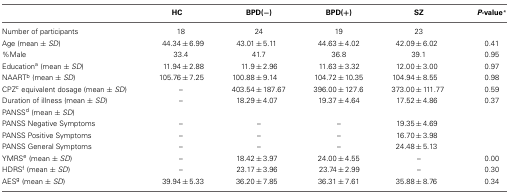
<table><thead><tr><td></td><td><b>HC</b></td><td><b>BPD(−)</b></td><td><b>BPD(+)</b></td><td><b>SZ</b></td><td><b><i>P</i>-value<sup>*</sup></b></td></tr></thead><tbody><tr><td>Number of participants</td><td>18</td><td>24</td><td>19</td><td>23</td><td></td></tr><tr><td>Age (mean ± <i>SD</i>)</td><td>44.34 ± 6.99</td><td>43.01 ± 5.11</td><td>44.63 ± 4.02</td><td>42.09 ± 6.02</td><td>0.41</td></tr><tr><td>%Male</td><td>33.4</td><td>41.7</td><td>36.8</td><td>39.1</td><td>0.95</td></tr><tr><td>Education<sup>a</sup> (mean ± <i>SD</i>)</td><td>11.94 ± 2.88</td><td>11.9 ± 2.96</td><td>11.63 ± 3.32</td><td>12.00 ± 3.00</td><td>0.97</td></tr><tr><td>NAART<sup>b</sup> (mean ± <i>SD</i>)</td><td>105.76 ± 7.25</td><td>100.88 ± 9.14</td><td>104.72 ± 10.35</td><td>104.94 ± 8.55</td><td>0.98</td></tr><tr><td>CPZ<sup>c</sup> equivalent dosage (mean ± <i>SD</i>)</td><td>–</td><td>403.54 ± 187.67</td><td>396.00 ± 127.6</td><td>373.00 ± 111.77</td><td>0.59</td></tr><tr><td>Duration of illness (mean ± <i>SD</i>)</td><td>–</td><td>18.29 ± 4.07</td><td>19.37 ± 4.64</td><td>17.52 ± 4.86</td><td>0.37</td></tr><tr><td>PANSS<sup>d</sup> (mean ± <i>SD</i>)</td><td></td><td></td><td></td><td></td><td></td></tr><tr><td>PANSS Negative Symptoms</td><td>–</td><td>–</td><td>–</td><td>19.35 ± 4.69</td><td></td></tr><tr><td>PANSS Positive Symptoms</td><td>–</td><td>–</td><td>–</td><td>16.70 ± 3.98</td><td></td></tr><tr><td>PANSS General Symptoms</td><td>–</td><td>–</td><td>–</td><td>24.48 ± 5.13</td><td></td></tr><tr><td>YMRS<sup>e</sup> (mean ± <i>SD</i>)</td><td>–</td><td>18.42 ± 3.97</td><td>24.00 ± 4.55</td><td>–</td><td>0.00</td></tr><tr><td>HDRS<sup>f</sup> (mean ± <i>SD</i>)</td><td>–</td><td>23.17 ± 3.96</td><td>23.74 ± 2.99</td><td>–</td><td>0.30</td></tr><tr><td>AES<sup>g</sup> (mean ± <i>SD</i>)</td><td>39.94 ± 5.33</td><td>36.20 ± 7.85</td><td>36.31 ± 7.61</td><td>35.88 ± 8.76</td><td>0.34</td></tr></tbody></table>